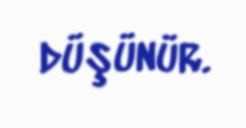
düşünür.